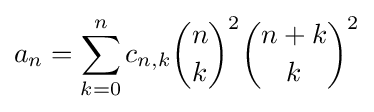
a_{n}=\sum _{k=0}^{n}c_{n,k}{\binom {n}{k}}^{2}{\binom {n+k}{k}}^{2}